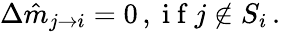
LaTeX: \Delta\hat{m}_{j\rightarrow i}=0\, ,\mathrm{~i~f~}j\notin S_{i}\, .